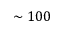
\sim 1 0 0